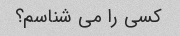
کسی را می شناسم؟